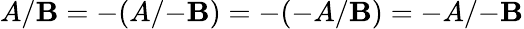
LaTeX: A/\mathbf{B}=-(A/{-\mathbf{B}})=-(-A/\mathbf{B})=-A/{-\mathbf{B}}